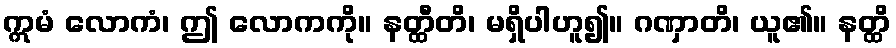
ဣမံ လောကံ၊ ဤ လောကကို။ နတ္ထီတိ၊ မရှိပါဟူ၍။ ဂဏှာတိ၊ ယူ၏။ နတ္ထိ